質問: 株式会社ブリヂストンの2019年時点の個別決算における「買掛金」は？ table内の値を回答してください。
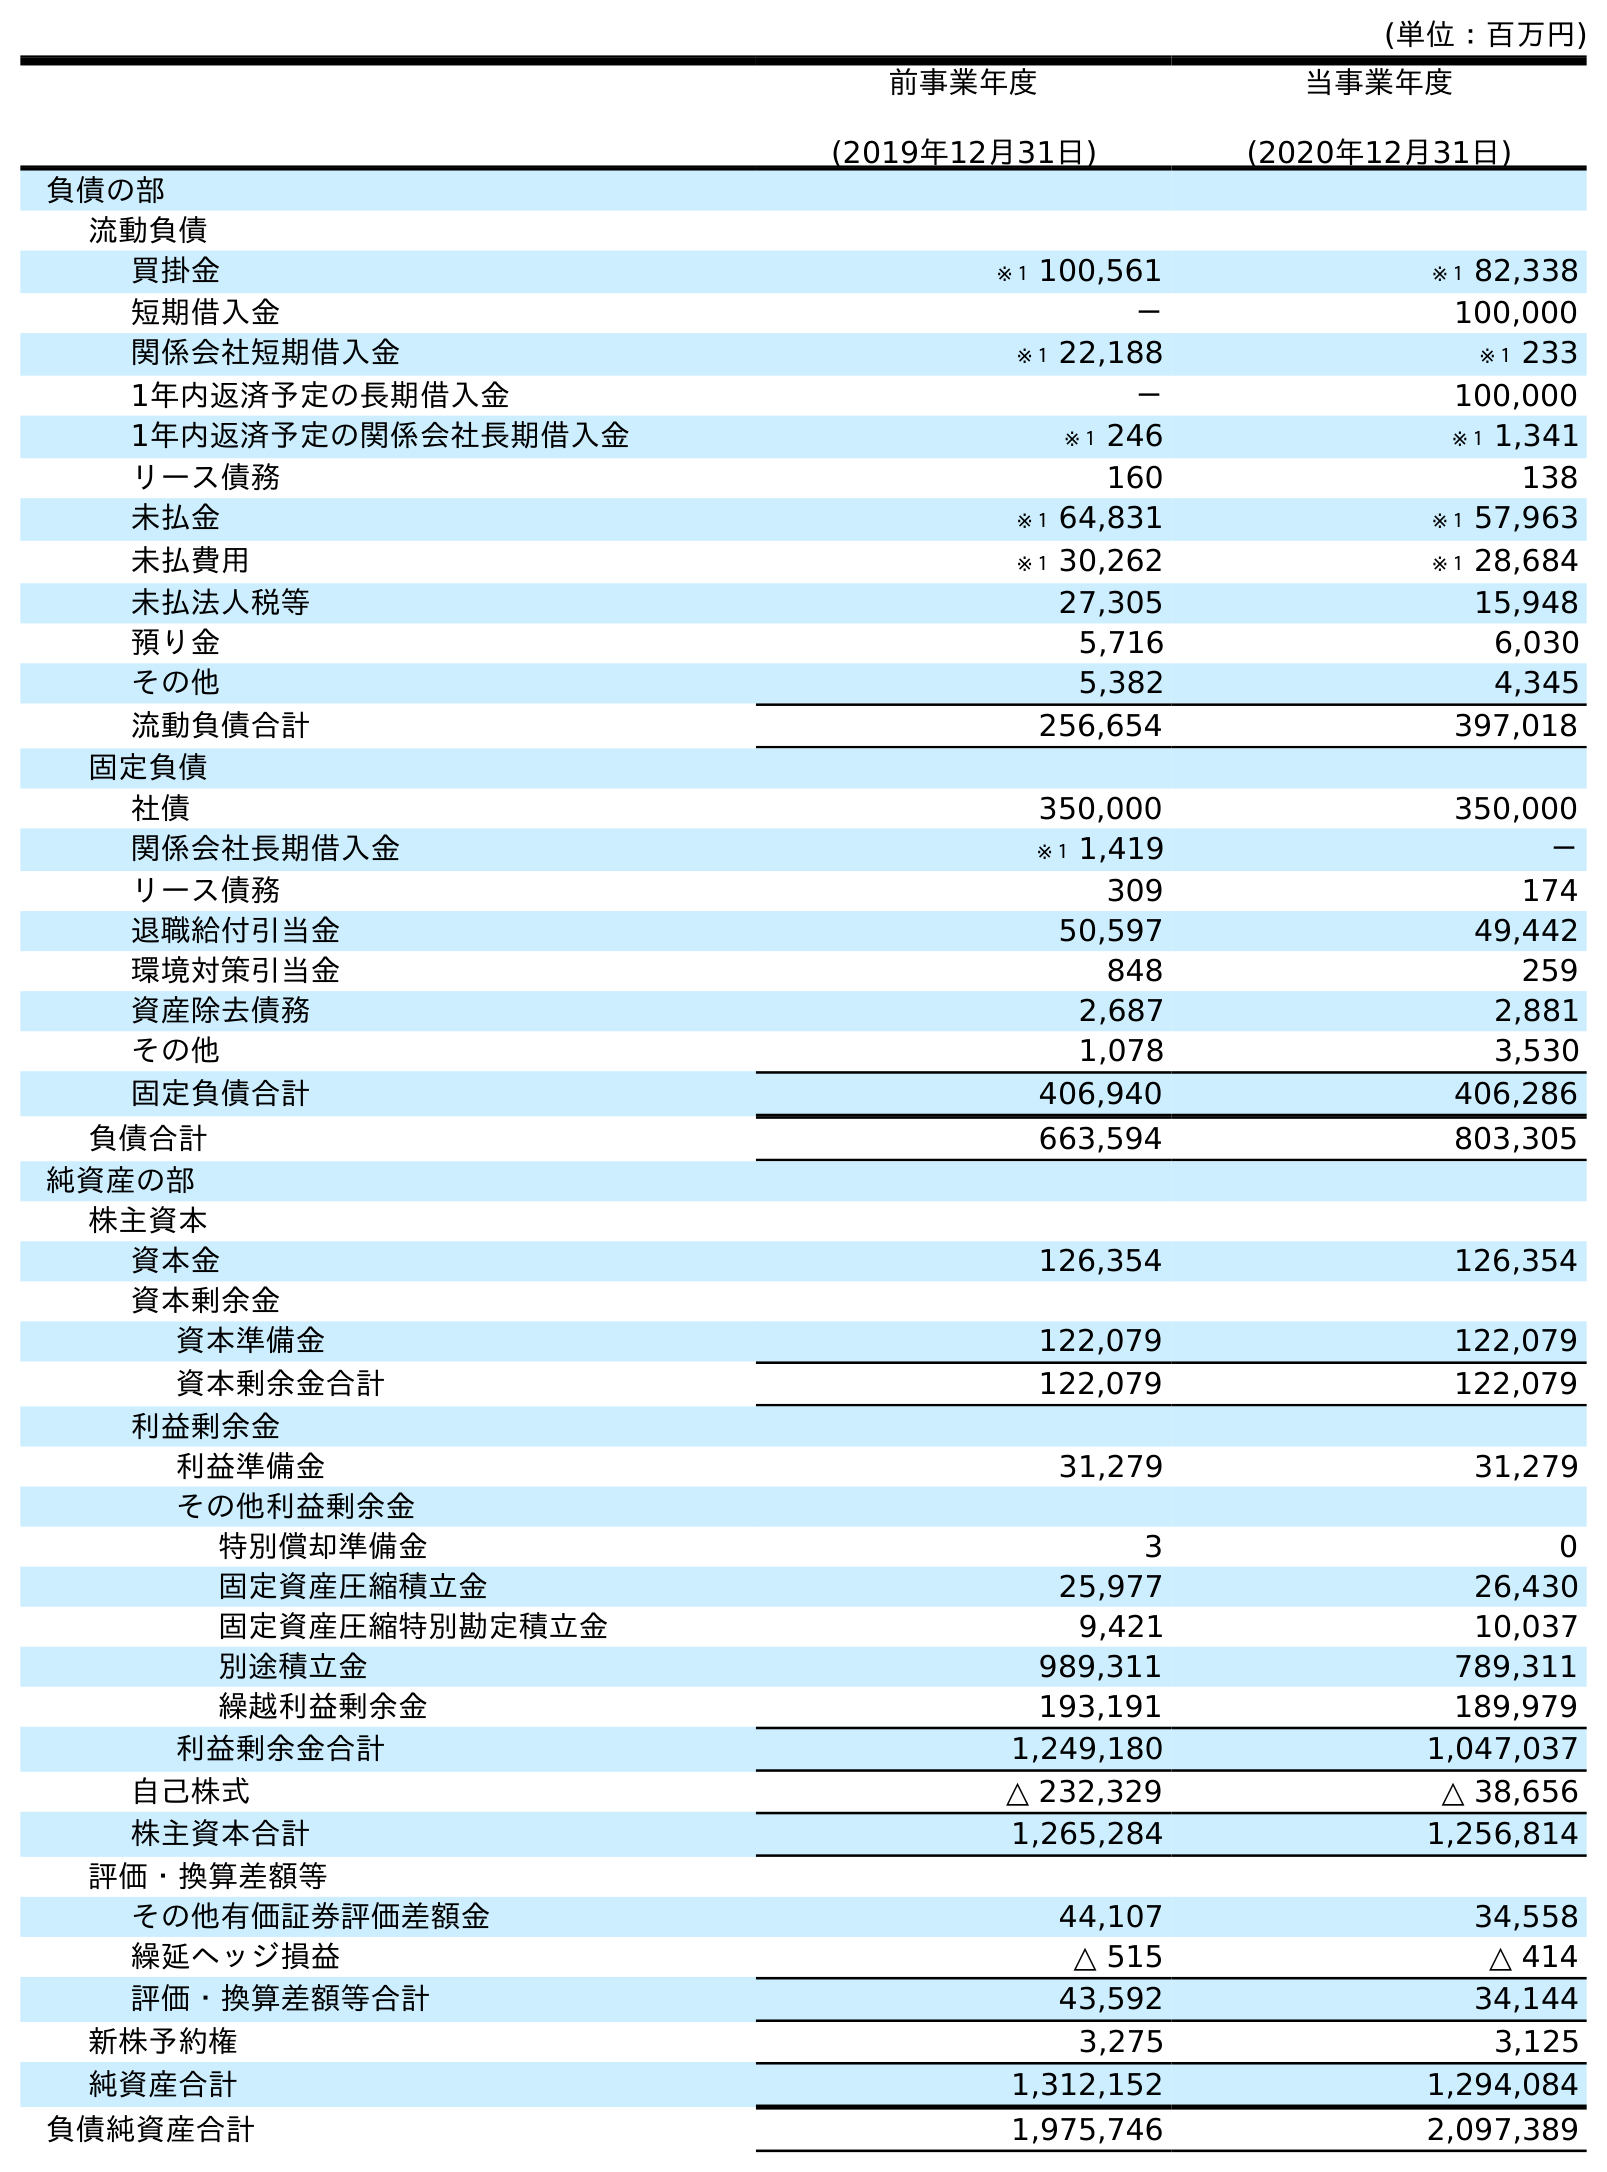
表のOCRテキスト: (単位：百万円) 前事業年度 (2019年12月31日) 当事業年度 (2020年12月31日) 負債の部 流動負債 買掛金 ※１ 100,561 ※１ 82,338 短期借入金 － 100,000 関係会社短期借入金 ※１ 22,188 ※１ 233 1年内返済予定の長期借入金 － 100,000 1年内返済予定の関係会社長期借入金 ※１ 246 ※１ 1,341 リース債務 160 138 未払金 ※１ 64,831 ※１ 57,963 未払費用 ※１ 30,262 ※１ 28,684 未払法人税等 27,305 15,948 預り金 5,716 6,030 その他 5,382 4,345 流動負債合計 256,654 397,018 固定負債 社債 350,000 350,000 関係会社長期借入金 ※１ 1,419 － リース債務 309 174 退職給付引当金 50,597 49,442 環境対策引当金 848 259 資産除去債務 2,687 2,881 その他 1,078 3,530 固定負債合計 406,940 406,286 負債合計 663,594 803,305 純資産の部 株主資本 資本金 126,354 126,354 資本剰余金 資本準備金 122,079 122,079 資本剰余金合計 122,079 122,079 利益剰余金 利益準備金 31,279 31,279 その他利益剰余金 特別償却準備金 3 0 固定資産圧縮積立金 25,977 26,430 固定資産圧縮特別勘定積立金 9,421 10,037 別途積立金 989,311 789,311 繰越利益剰余金 193,191 189,979 利益剰余金合計 1,249,180 1,047,037 自己株式 △ 232,329 △ 38,656 株主資本合計 1,265,284 1,256,814 評価・換算差額等 その他有価証券評価差額金 44,107 34,558 繰延ヘッジ損益 △ 515 △ 414 評価・換算差額等合計 43,592 34,144 新株予約権 3,275 3,125 純資産合計 1,312,152 1,294,084 負債純資産合計 1,975,746 2,097,389
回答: ※１100,561